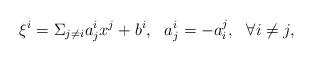
LaTeX: \begin{align*} \xi^i=\Sigma_{j\not=i}a^i_jx^j+b^i, \ \ a^i_j=-a^j_i, \ \ \forall i\not=j, \end{align*}